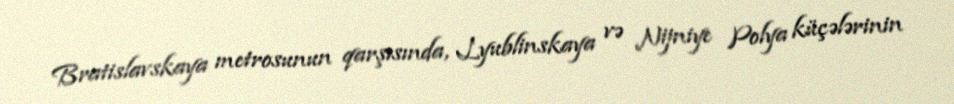
Bratislavskaya metrosunun qarşısında, Lyublinskaya və Nijniye Polya küçələrinin